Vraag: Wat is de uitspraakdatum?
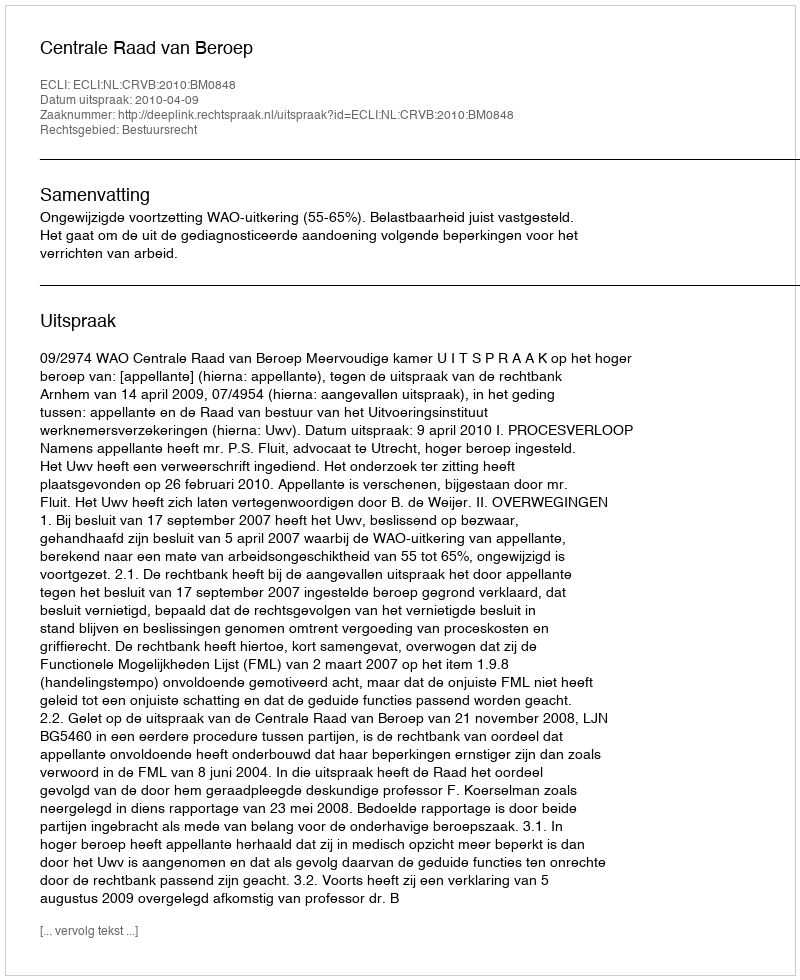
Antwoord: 2010-04-09